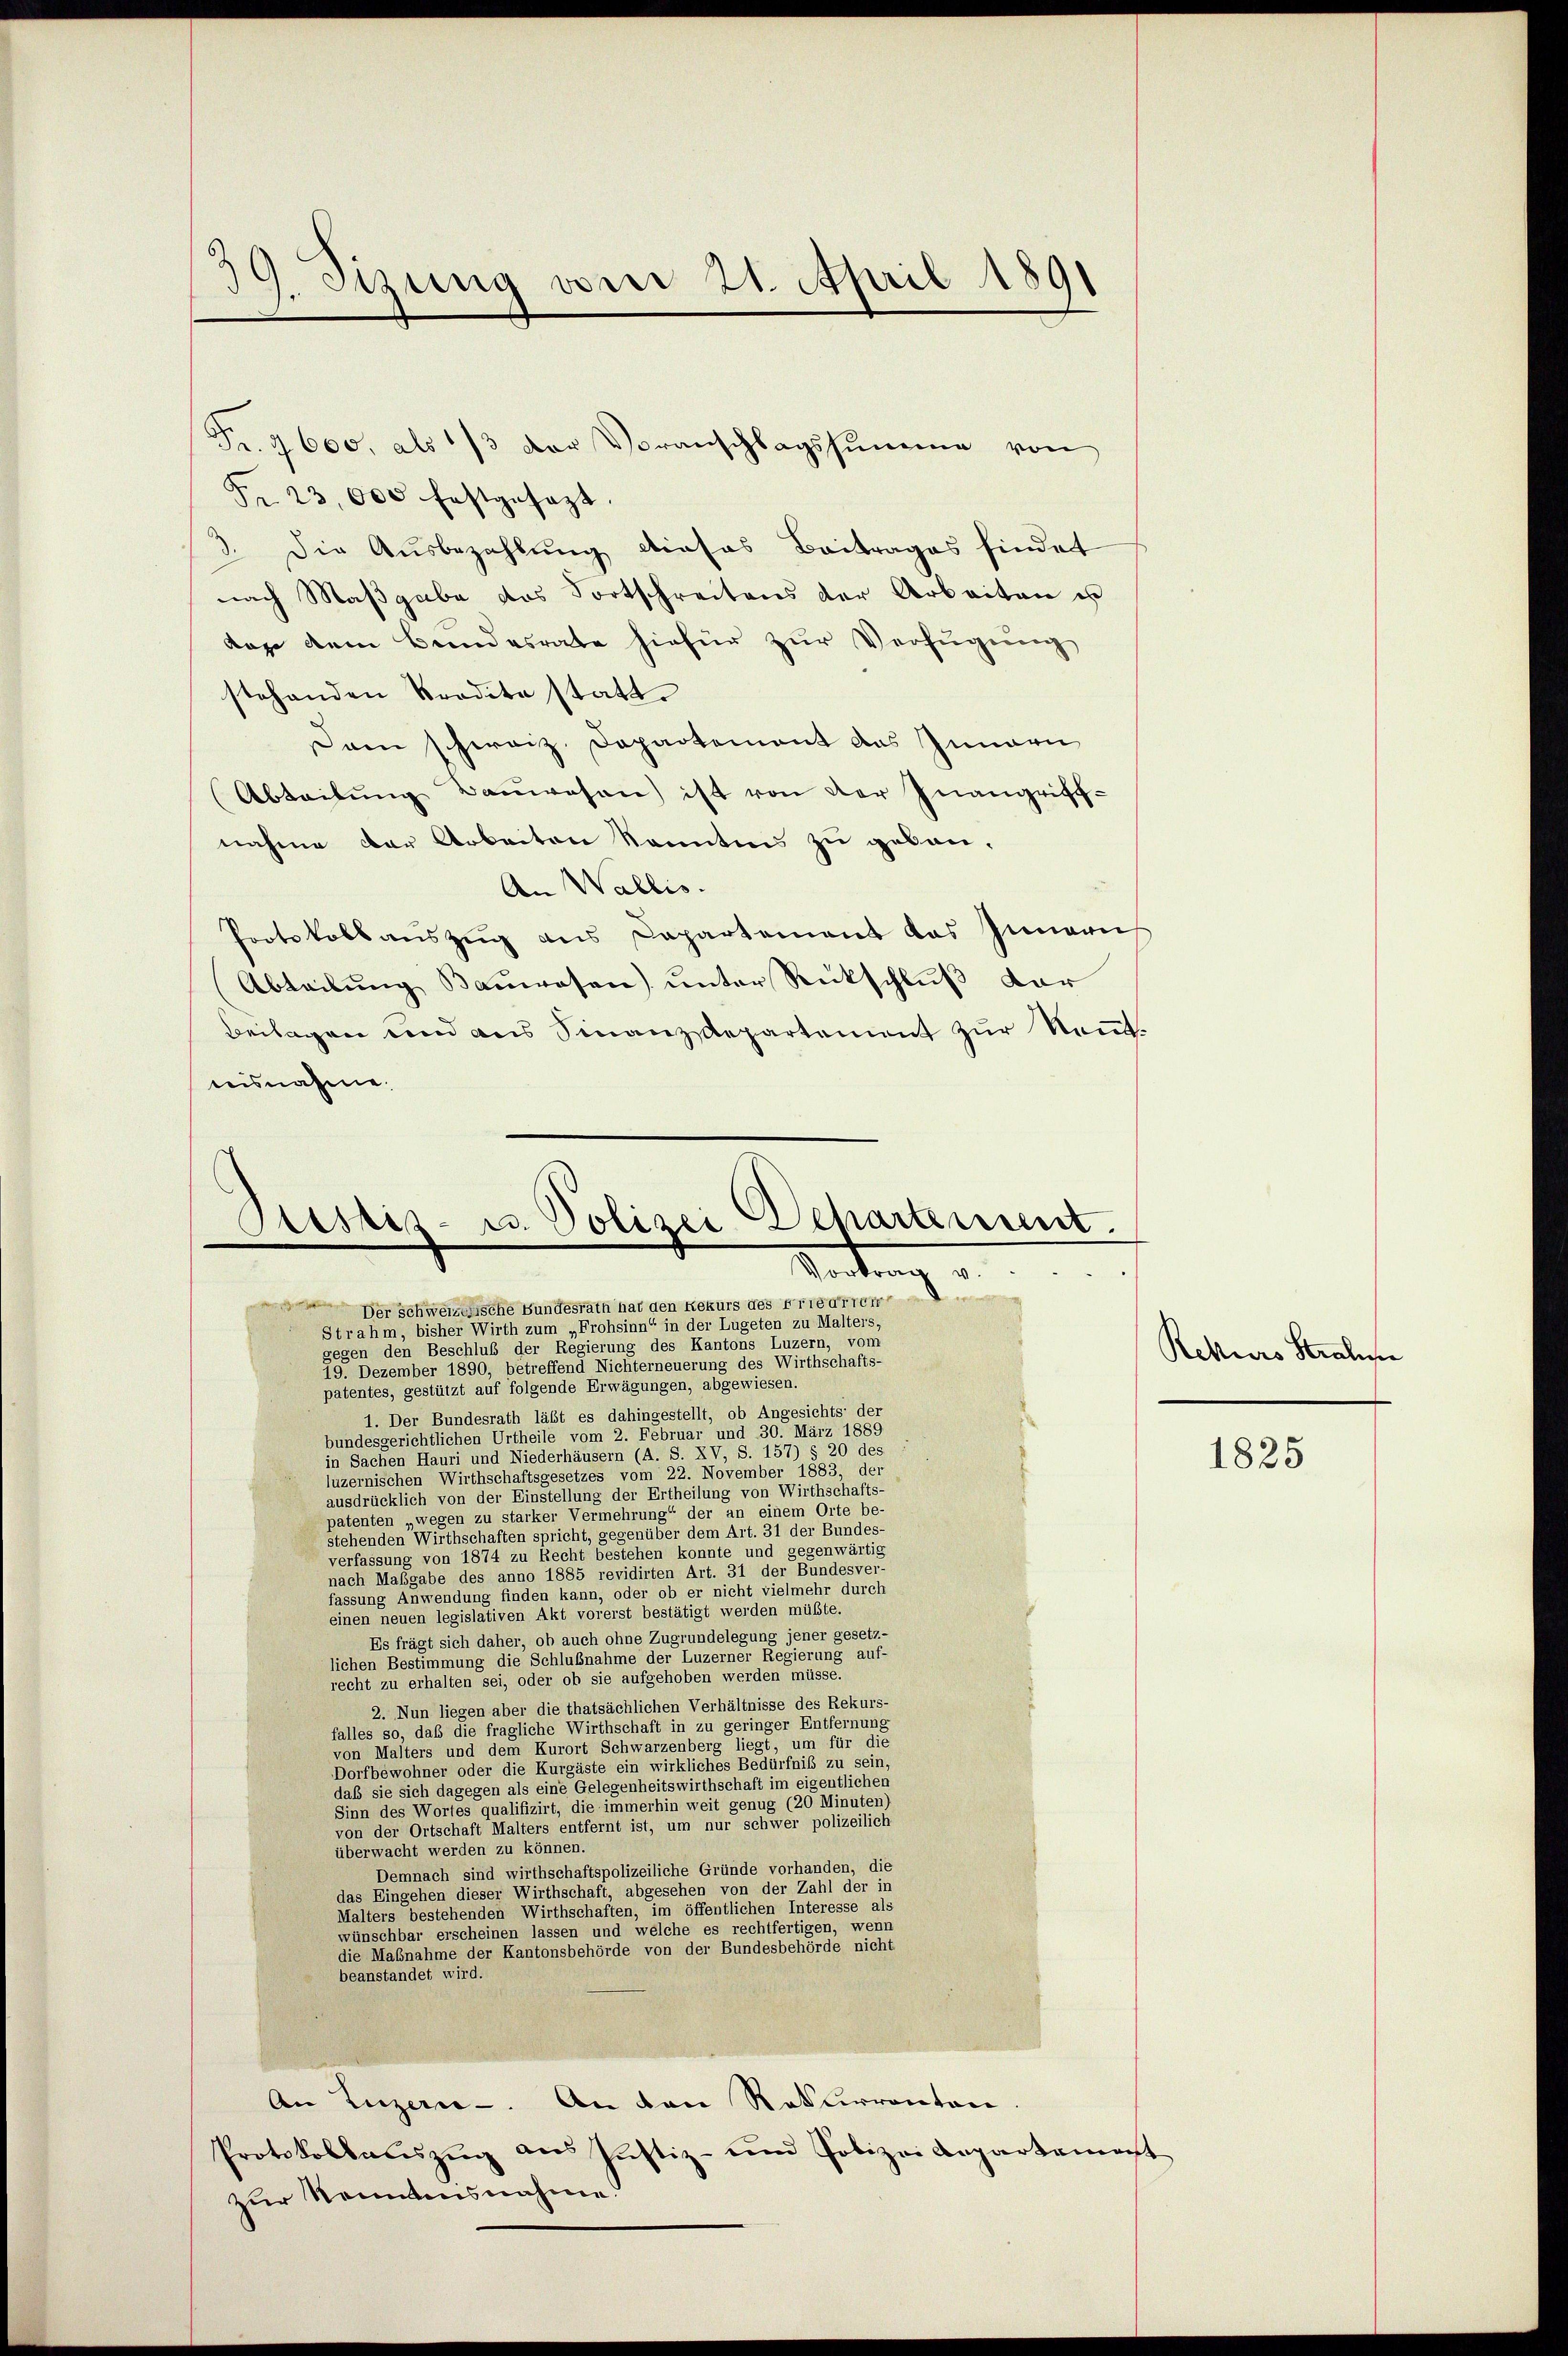
19. Sisung vom 21. April 1891

Fr. 4600. als 1/3 der Voranschlagssumme von
Fr. 23,000 festgesezt.
Die Ausbezahlung dieses Beitrages findet
nach Maßgabe das Fortschreitens der Arbeiten u
Lage dem Bundesrate hiefür zur Verfügung
stehenden Predite statt.
Dann schweiz. Departement das Innern
Abteilŭng Baŭwesen ist von der Inangriff-
nahme der Arbeiten kannten zu gebau¬
An Wallis.
Protokoll aŭszŭg ans Capartement das Innern
Abteilŭng Baŭwesen unter Rückschluß dar
Beilagen und aus Finanzdepartement zur Nom
teisnahme.

Preslis- u. Polizei Departement.
Reitung u.

 erha
 Der schweizerische Bundesrath hat den Rekurs des Friedrich

Strahm, bisher Wirth zum „Frohsinn“ in der Lugeten zu Malters,
gegen den Beschluß der Regierung des Kantons Luzern, vom
19. Dezember 1890, betreffend Nichterneuerung des Wirthschafts-
patentes, gestützt auf folgende Erwägungen, abgewiesen.
1. Der Bundesrath läßt es dahingestellt, ob Angesichts der
bundesgerichtlichen Urtheile vom 2. Februar und 30. März 1889
in Sachen Hauri und Niederhäusern (A. S. XV, S. 157) § 20 des
luzernischen Wirthschaftsgesetzes vom 22. November 1883, der
ausdrücklich von der Einstellung der Ertheilung von Wirthschafts-
patenten „wegen zu starker Vermehrung“ der an einem Orte be-
stehenden Wirthschaften spricht, gegenüber dem Art. 31 der Bundes-
verfassung von 1874 zu Recht bestehen konnte und gegenwärtig
nach Maßgabe des anno 1885 revidirten Art. 31 der Bundesver-
fassung Anwendung finden kann, oder ob er nicht vielmehr durch
einen neuen legislativen Akt vorerst bestätigt werden müßte.
Es frägt sich daher, ob auch ohne Zugrundelegung jener gesetz-
lichen Bestimmung die Schlußnahme der Luzerner Regierung auf-
recht zu erhalten sei, oder ob sie aufgehoben werden müsse.
2. Nun liegen aber die thatsächlichen Verhältnisse des Rekurs-
falles so, daß die fragliche Wirthschaft in zu geringer Entfernung
von Malters und dem Kurort Schwarzenberg liegt, um für die
Dorfbewohner oder die Kurgäste ein wirkliches Bedürfniß zu sein,
daß sie sich dagegen als eine Gelegenheitswirthschaft im eigentlichen
Sinn des Wortes qualifizirt, die immerhin weit genug (20 Minuten)
von der Ortschaft Malters entfernt ist, um nur schwer polizeilich
überwacht werden zu können.
Demnach sind wirthschaftspolizeiliche Gründe vorhanden, die
das Eingehen dieser Wirthschaft, abgesehen von der Zahl der in
Malters bestehenden Wirthschaften, im öffentlichen Interesse als
wünschbar erscheinen lassen und welche es rechtfertigen, wenn
die Maßnahme der Kantonsbehörde von der Bundesbehörde nicht
beanstandet wird.
An Luzern. An den Rekurrentar
Protokollaŭszŭg ans Pustiz- und Polizei Angartement
zur Neumanisnahme.

Rektors Stralisse

1825